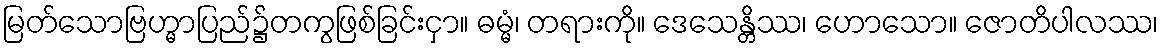
မြတ်သောဗြဟ္မာပြည်၌တကွဖြစ်ခြင်းငှာ။ ဓမ္မံ၊ တရားကို။ ဒေသေန္တိဿ၊ ဟောသော။ ဇောတိပါလဿ၊